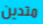
متدين